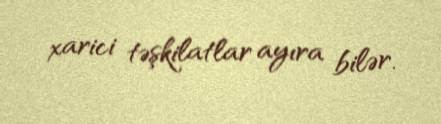
xarici təşkilatlar ayıra bilər.